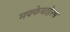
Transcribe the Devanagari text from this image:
मक्केबाहेरच